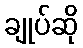
ချုပ်ဆို